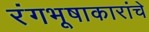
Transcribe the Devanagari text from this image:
रंगभूषाकारांचे